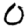
Digit: 0